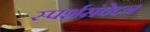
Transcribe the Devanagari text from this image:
स्पर्शसंवेदन